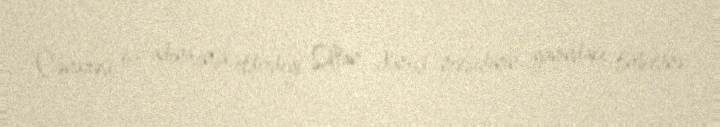
Cənazəsi öz adına inşa etdirdiyi Sultan Əhməd məscidinin yanındakı türbəsinə